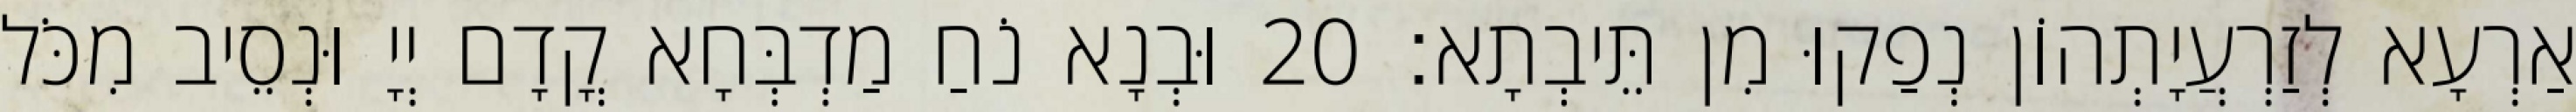
אַרְעָא לְזַרְעֲיָתְהוֹן נְפַקוּ מִן תֵּיבְתָא׃ 20 וּבְנָא נֹחַ מַדְבְּחָא קֳדָם יְיָ וּנְסֵיב מִכֹּל